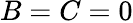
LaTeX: B=C=0